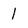
Character: i